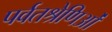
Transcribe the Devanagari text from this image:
पर्वतश्रेणिओं